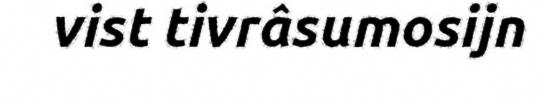
vist tivrâsumosijn